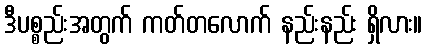
ဒီပစ္စည်းအတွက် ကတ်တလောက် နည်းနည်း ရှိလား။